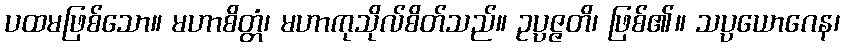
ပထမဖြစ်သော။ မဟာစိတ္တံ၊ မဟာကုသိုလ်စိတ်သည်။ ဥပ္ပဇ္ဇတိ၊ ဖြစ်၏။ သပ္ပယောဂေန၊